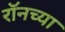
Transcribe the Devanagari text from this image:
रॉनच्या